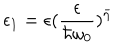
\epsilon _ { 1 } = \epsilon ( \frac { \epsilon } { \hbar \omega _ { 0 } } ) ^ { \bar { \eta } }